Rangoon Lunatic Asylum 1893-1897 - 1893-1897
Year: 1893
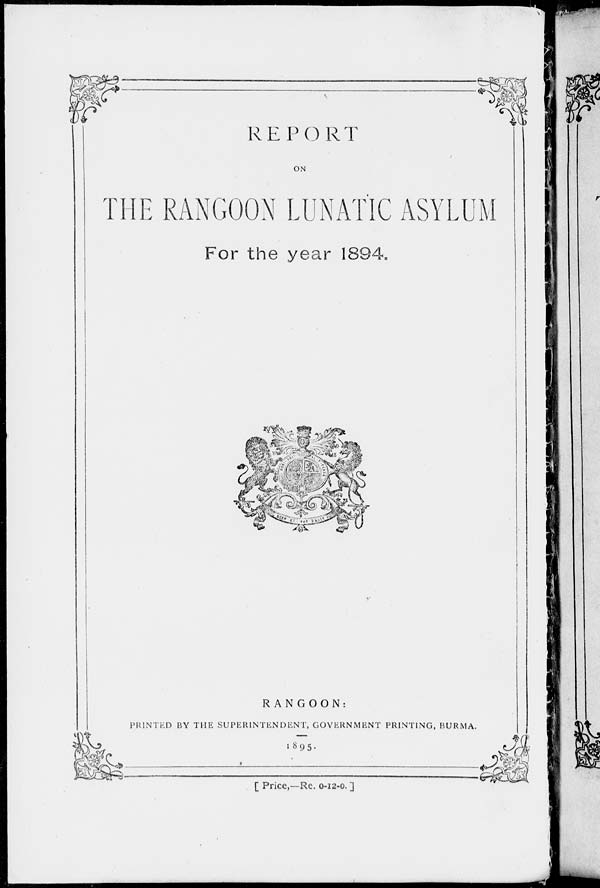
REPORT
ON
THE RANGOON LUNATIC ASYLUM
For the year 1894.
RANGOON:
PRINTED BY THE SUPERINTENDENT, GOVERNMENT PRINTING, BURMA.
1895.
[ Price,—Re. 0-12-0. ]